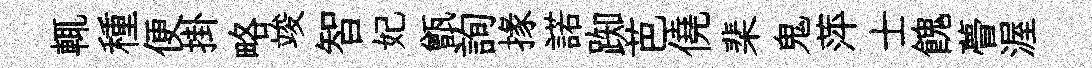
輒種便掛略竣智妃甑詢掾諾踟芭僥棐鬼萍士餽瞢渥